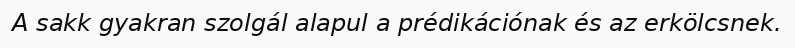
A sakk gyakran szolgál alapul a prédikációnak és az erkölcsnek.